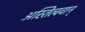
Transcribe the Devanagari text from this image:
अस्तित्ववान्‌